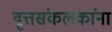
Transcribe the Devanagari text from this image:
वृत्तसंकलकांना